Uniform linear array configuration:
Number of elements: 16
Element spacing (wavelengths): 1
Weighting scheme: exponential
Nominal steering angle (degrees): -15
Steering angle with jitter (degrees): -13.781
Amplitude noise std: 0.05
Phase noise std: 0.05

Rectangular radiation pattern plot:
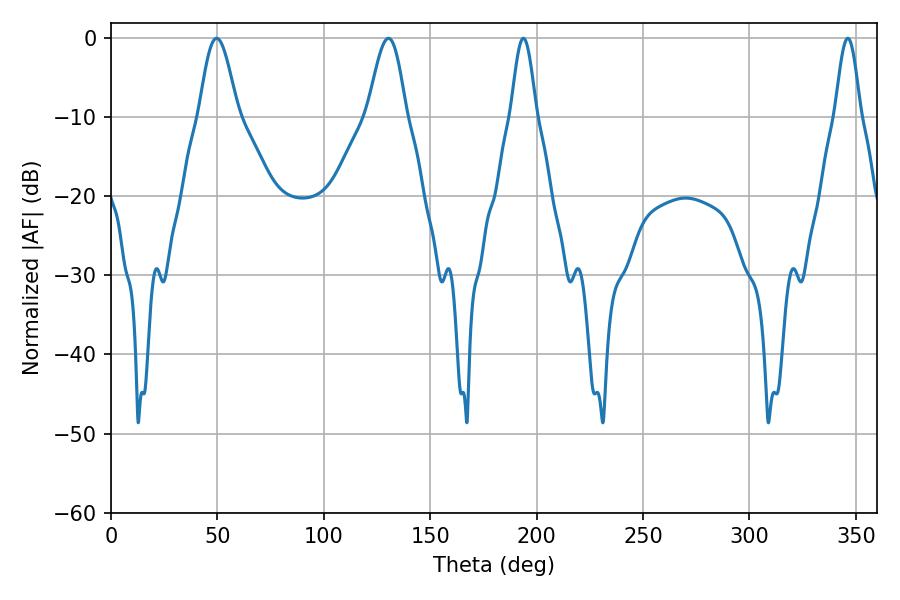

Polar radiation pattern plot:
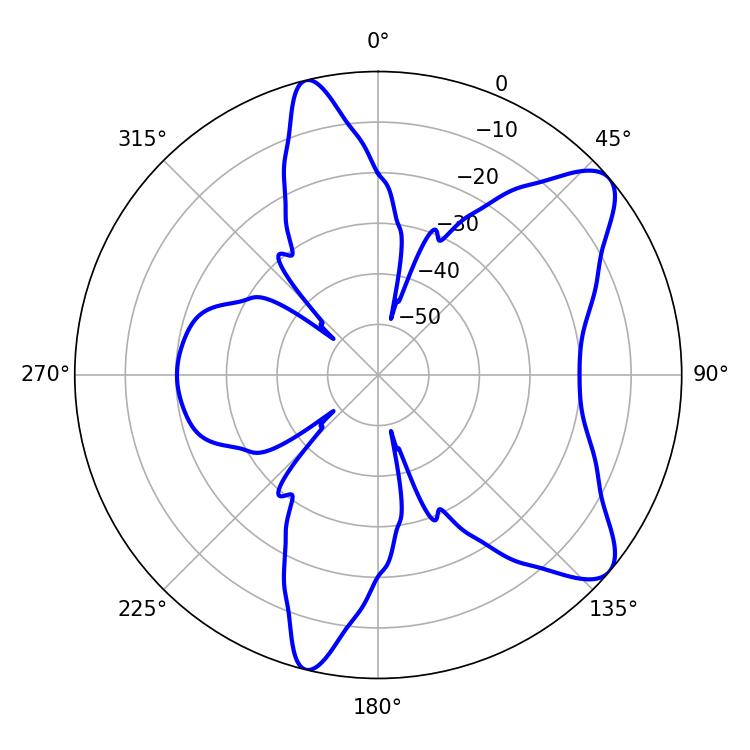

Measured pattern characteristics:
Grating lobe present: TRUE
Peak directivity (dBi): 9.018
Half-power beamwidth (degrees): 9.72
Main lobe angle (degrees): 130.32